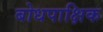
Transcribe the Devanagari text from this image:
बोधपाक्षिक